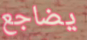
يضاجع